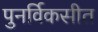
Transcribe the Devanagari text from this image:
पुनर्विकसीत